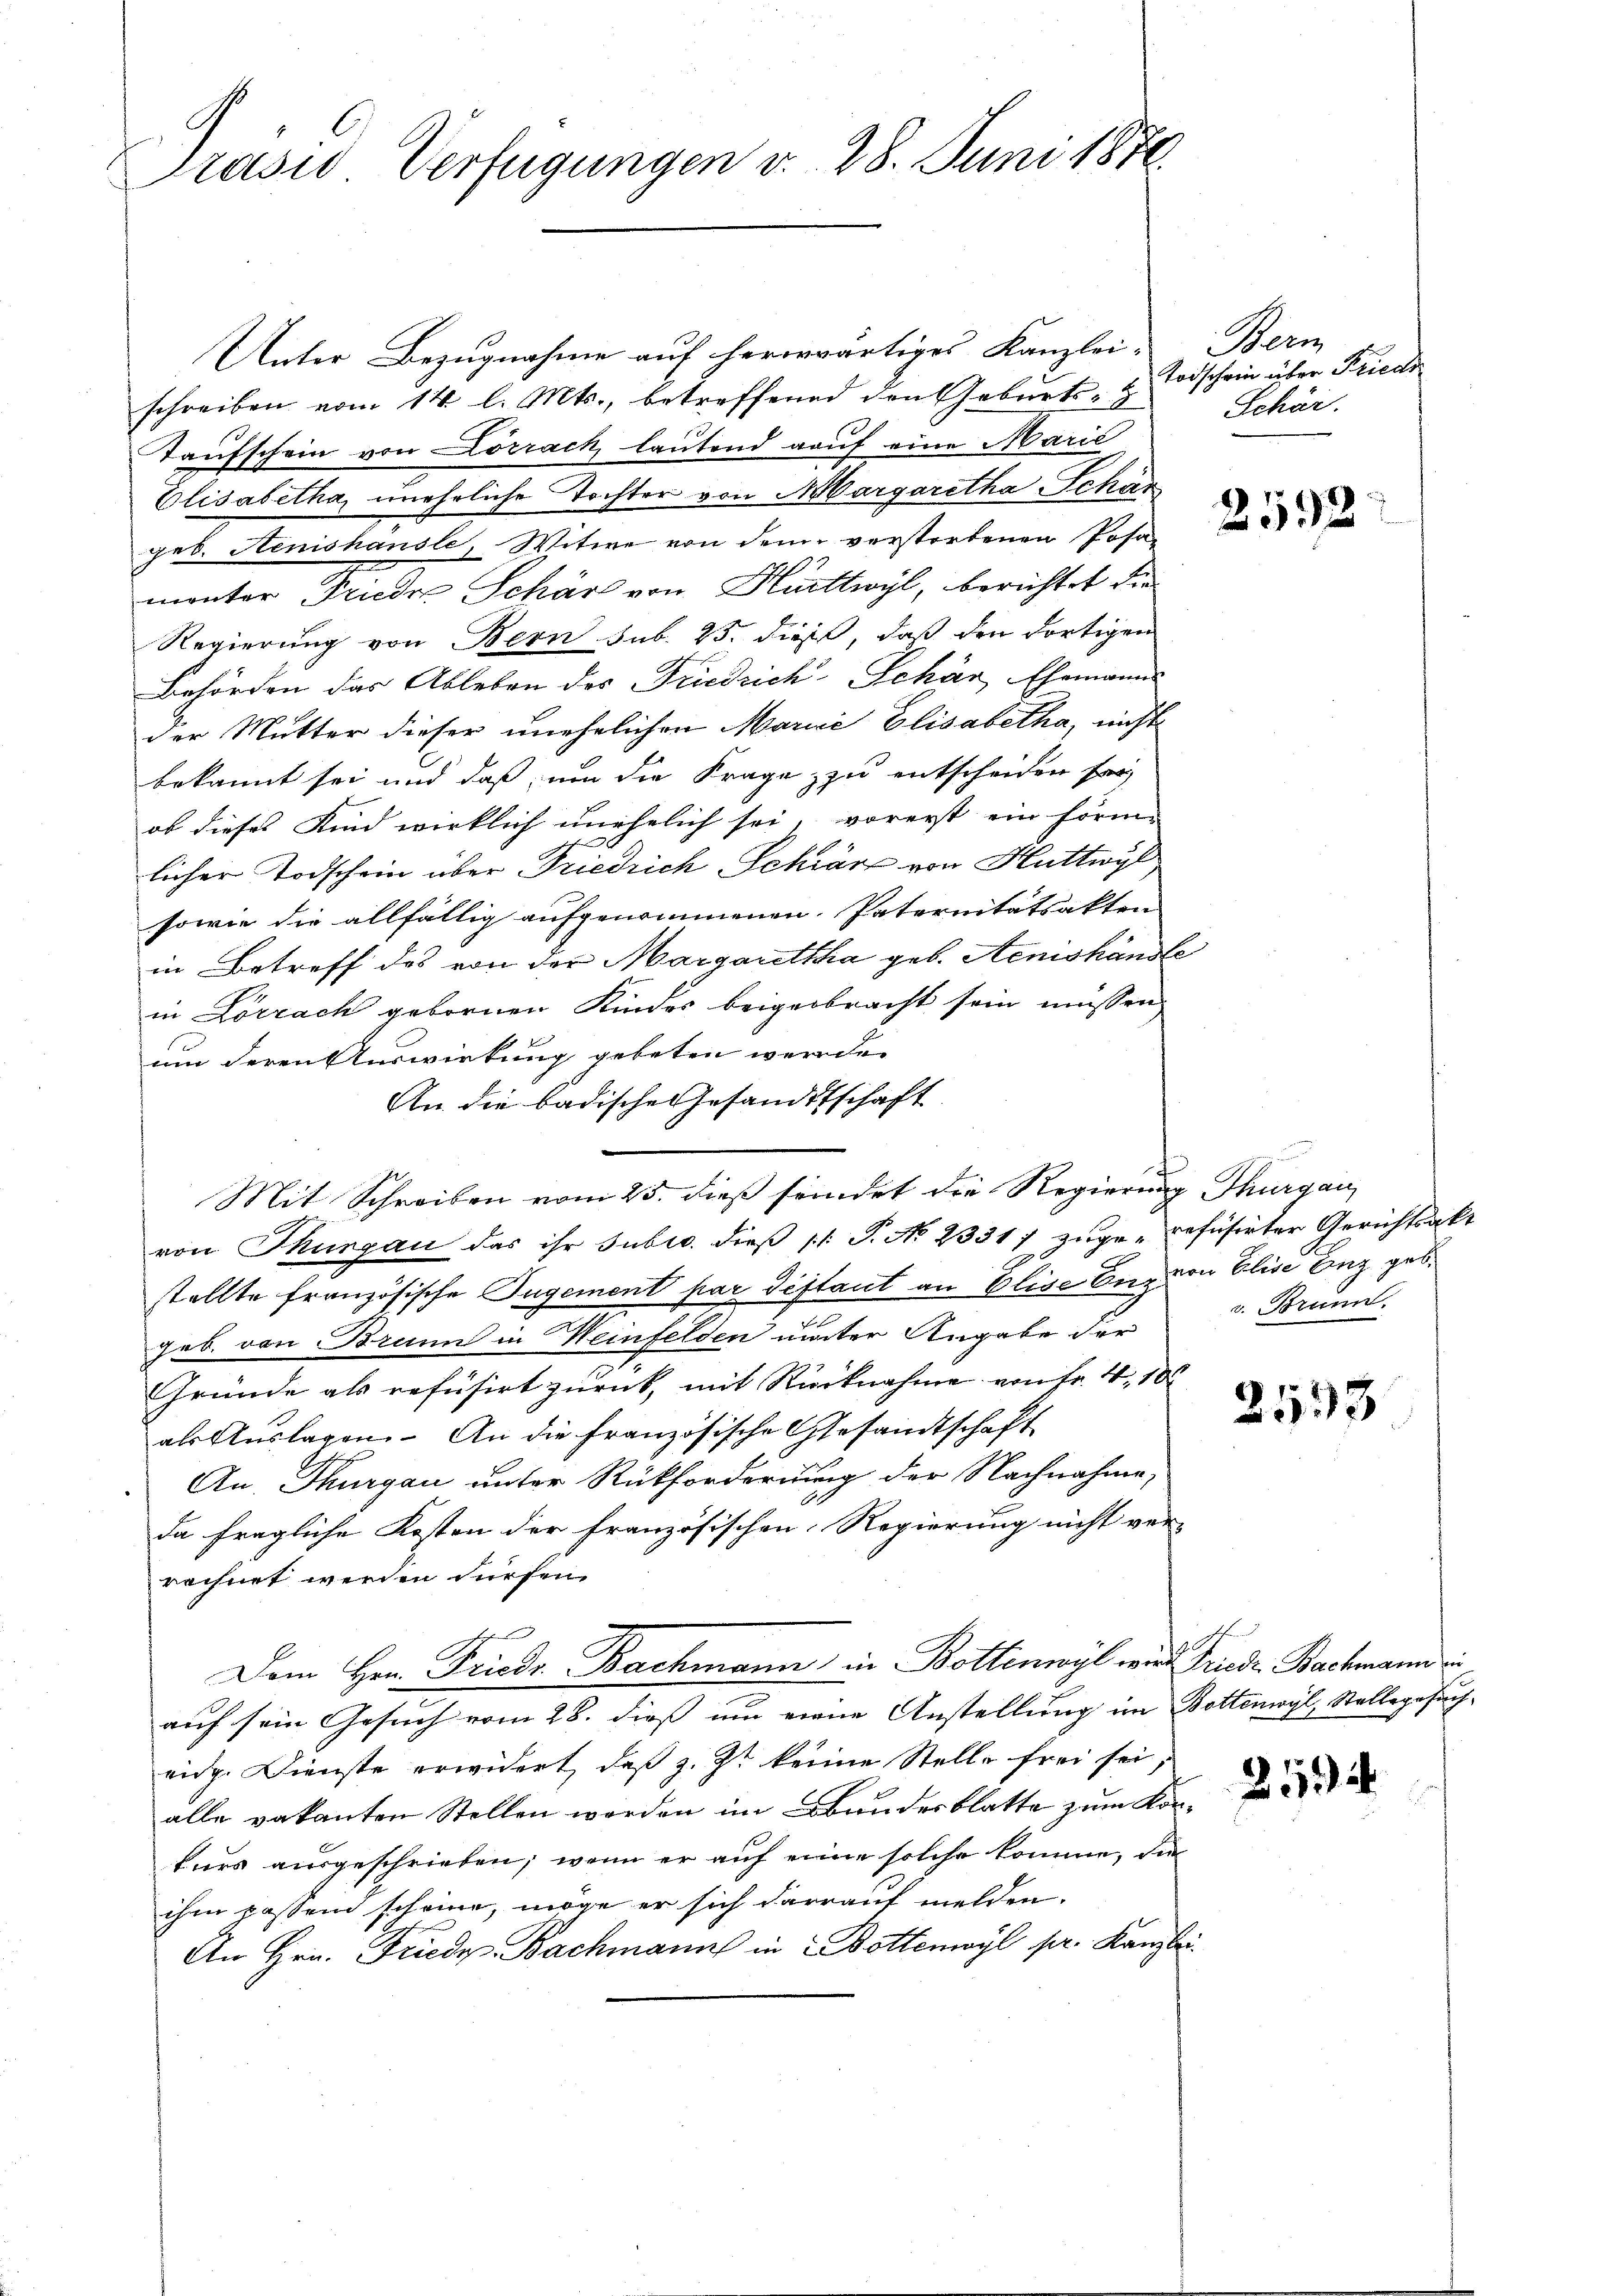
Präsid Verfügungen v. 28. Juni 1870.

Unter Bezugnahme auf hererwärtiges Kanzlei- Bern
schreiben vom 14. l. Mts., betreffend den Geburts-
Taufschein von Lörrach, lautend auf eine Marie
Elisabetha, uneheliche Tochter von Margaretha Schär
geb. Renishausle, Witwe von dem verstorbenen Posa-
monter Frieder Schär von Hüttwyl, berichtet die
Regierung von Bern sub. 25. dieß, daß den dortigen
Behörden das Ableben des Friedrich-Sehár Ehemanns
der Mutter dieser unehelichen Marie Elisabetha, nicht
bekannt sei und daß, um die Frage zu entscheiden so
ob dieses Kind wirklich unehelich sei, vorerst ein förm-
licher Todschein über Friedrich Schwärz von Huttwyl
sowie die allfällig aufgenommenen Paternitätsakten
in Betreff des von der Margaretha geb. Aenishändle
in Lörrach gebornen Kindes beigebracht sein müssen,
um deren Auswirkung gebeten werde.
An die badische Gesandtschaft
von Thurgau das ihr subro. dieß pr. P. No 23317 zuge-refüsirter Gerichtsakt
stellte französische Jugement par Testant an Elise Eng von Elise Enz geb.
geb. von Brunn in Meinfelden unter Angabe der
Gründe als refüsirt zurück, mit Rücknahme von Fr. 4, 10
als Auslagen. An die französische Gesandtschaft
An, Thurgau unter Rückforderung der Nachnahme,
da fragliche Kosten der französischen Regierung nicht ver-
rechnet werden dürfen.
Dem Hrn. Friedr. Bachmann in Bottinwyl wird Friedr. Bachmann i
auf sein Gesuch vom 28. dieß um eine Anstellung im Bottenwyl, Stellegesucheidg. Dienste erwidert, daß z. Zt. keine Stelle frei sei;
alle vakanten Stellen werden im Bundesblatte zum Korkurs ausgeschrieben, wenn er auf eine solche komme, die
ihm passend scheine, möge er sich darauf melden.
An Hrn. Friede Bachmann in Bottenwyl pr. Kanzlei

Mit Schreiben vom 25. dieß seindet die Regierung Thurgau

Todschein über Friedi
Schär

2592

v. Brunn.

2593

Z 111 24